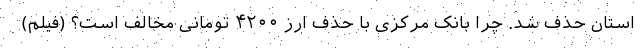
استان حذف شد. چرا بانک مرکزی با حذف ارز ۴۲۰۰ تومانی مخالف است؟ (فیلم)